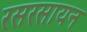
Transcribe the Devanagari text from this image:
रसरसायन